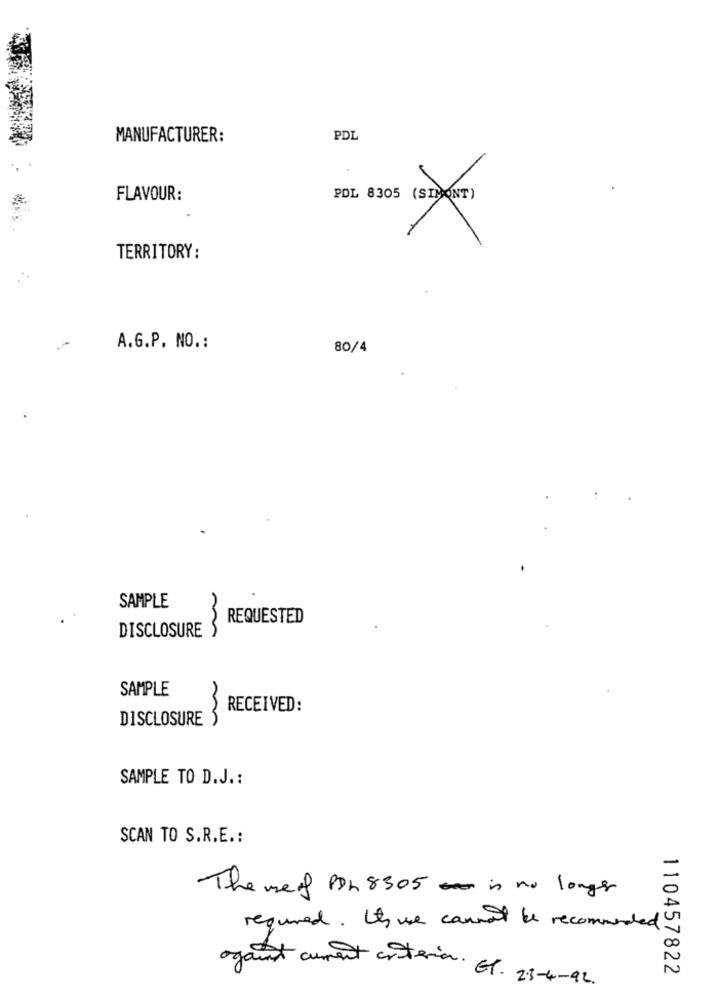
MANUFACTURER:
PDL
FLAVOUR:
PDL 8305 (SIMONT)
*
TERRITORY:
A.G.P. NO .:
80/4
SAMPLE
REQUESTED
DISCLOSURE
SAMPLE
RECEIVED:
DISCLOSURE
SAMPLE TO D.J .:
SCAN TO S.R.E .:
The use of Pph 8305 is no longer
required. Ih we cannot be recommended
110457822
ogant curent anterior. El. 23-4-92.